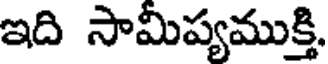
ఇది సామీప్యముక్తి.